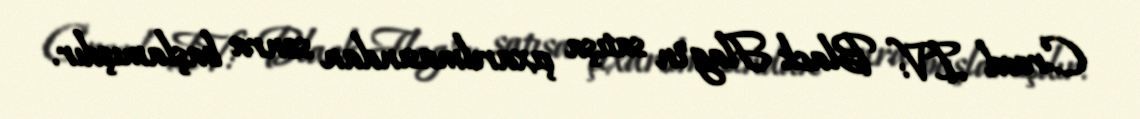
Creed IV: Black Flag"in satışa çıxarılmasından sonra başlamışdır.